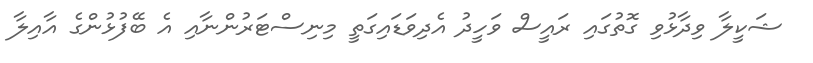
ޝަކީލާ ވިދާޅުވި ގޮތުގައި ރައީސް ވަހީދު އެދިވަޑައިގަތީ މިނިސްޓަރުންނާއި އެ ބޭފުޅުންގެ އާއިލާ